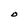
Character: O